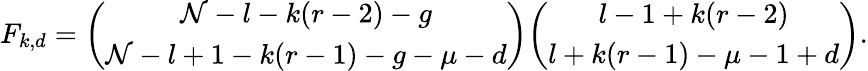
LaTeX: F_{k,d}={\binom{\mathcal{N}-l-k(r-2)-g}{\mathcal{N}-l+1-k(r-1)-g-\mu-d}}{\binom{l-1+k(r-2)}{l+k(r-1)-\mu-1+d}}.